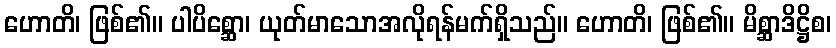
ဟောတိ၊ ဖြစ်၏။ ပါပိစ္ဆော၊ ယုတ်မာသောအလိုရန်မက်ရှိသည်။ ဟောတိ၊ ဖြစ်၏။ မိစ္ဆာဒိဋ္ဌိစ၊